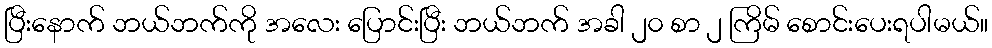
ပြီးနောက် ဘယ်ဘက်ကို အလေး ပြောင်းပြီး ဘယ်ဘက် အခါ ၂၀ စာ ၂ ကြိမ် စောင်းပေးရပါမယ်။